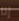
إذا